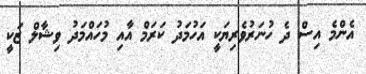
އެންމެ އިސް ދެ ހުނަރުވެރިޔަކީ އަހުމަދު ކަރަމް އާއި މުހައްމަދު ވިޝާލް ޒަކީ